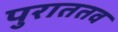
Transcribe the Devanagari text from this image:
पुराततव